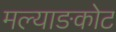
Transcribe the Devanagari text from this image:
मल्याङकोट